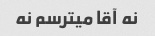
نه آقا میترسم نه